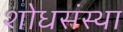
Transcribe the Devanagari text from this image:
शोधसंस्था